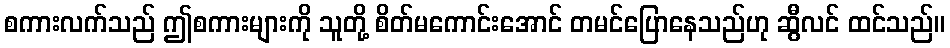
စကားလက်သည် ဤစကားများကို သူတို့ စိတ်မကောင်းအောင် တမင်ပြောနေသည်ဟု ဆွီလင် ထင်သည်။